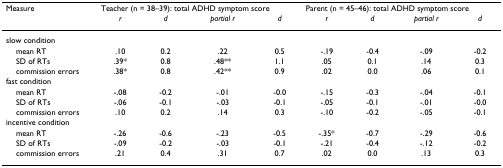
| Measure | <COLSPAN=4> Teacher (n = 38–39): total ADHD symptom score | <COLSPAN=4> Parent (n = 45–46): total ADHD symptom score |
 |  | r | d | partial r | d | r | d | partial r | d |
 | --- | --- | --- | --- | --- | --- | --- | --- | --- |
 | <COLSPAN=9> slow condition |
 | mean RT | .10 | 0.2 | .22 | 0.5 | -.19 | -0.4 | -.09 | -0.2 |
 | SD of RTs | .39* | 0.8 | .48** | 1.1 | .05 | 0.1 | .14 | 0.3 |
 | commission errors | .38* | 0.8 | .42** | 0.9 | .02 | 0.0 | .06 | 0.1 |
 | <COLSPAN=9> fast condition |
 | mean RT | -.08 | -0.2 | -.01 | -0.0 | -.15 | -0.3 | -.04 | -0.1 |
 | SD of RTs | -.06 | -0.1 | -.03 | -0.1 | -.05 | -0.1 | -.01 | -0.0 |
 | commission errors | .10 | 0.2 | .14 | 0.3 | -.10 | -0.2 | -.05 | -0.1 |
 | <COLSPAN=9> incentive condition |
 | mean RT | -.26 | -0.6 | -.23 | -0.5 | -.35* | -0.7 | -.29 | -0.6 |
 | SD of RTs | -.09 | -0.2 | -.03 | -0.1 | -.21 | -0.4 | -.12 | -0.2 |
 | commission errors | .21 | 0.4 | .31 | 0.7 | .02 | 0.0 | .13 | 0.3 |